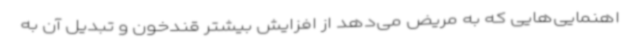
اهنمایی‌هایی که به مریض می‌دهد از افزایش بیشتر قندخون و تبدیل آن به